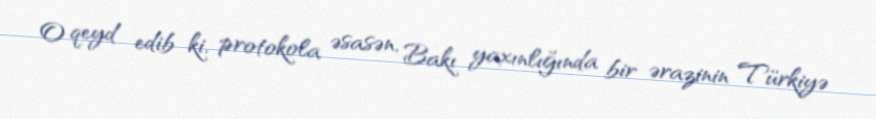
O qeyd edib ki, protokola əsasən, Bakı yaxınlığında bir ərazinin Türkiyə